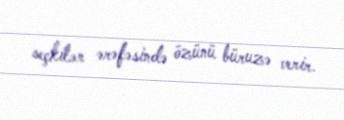
seçkilər ərəfəsində özünü büruzə verir.